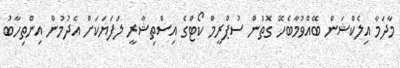
މާދަމާ އިލެކްޝަން ބޭއްވުމާބެހޭ ގޮތުން ސުޕްރީމް ކޯޓްގެ އިސްތިޝާރީ ލަފަޔަކަށް އެދުމުން އިންތިހާބު